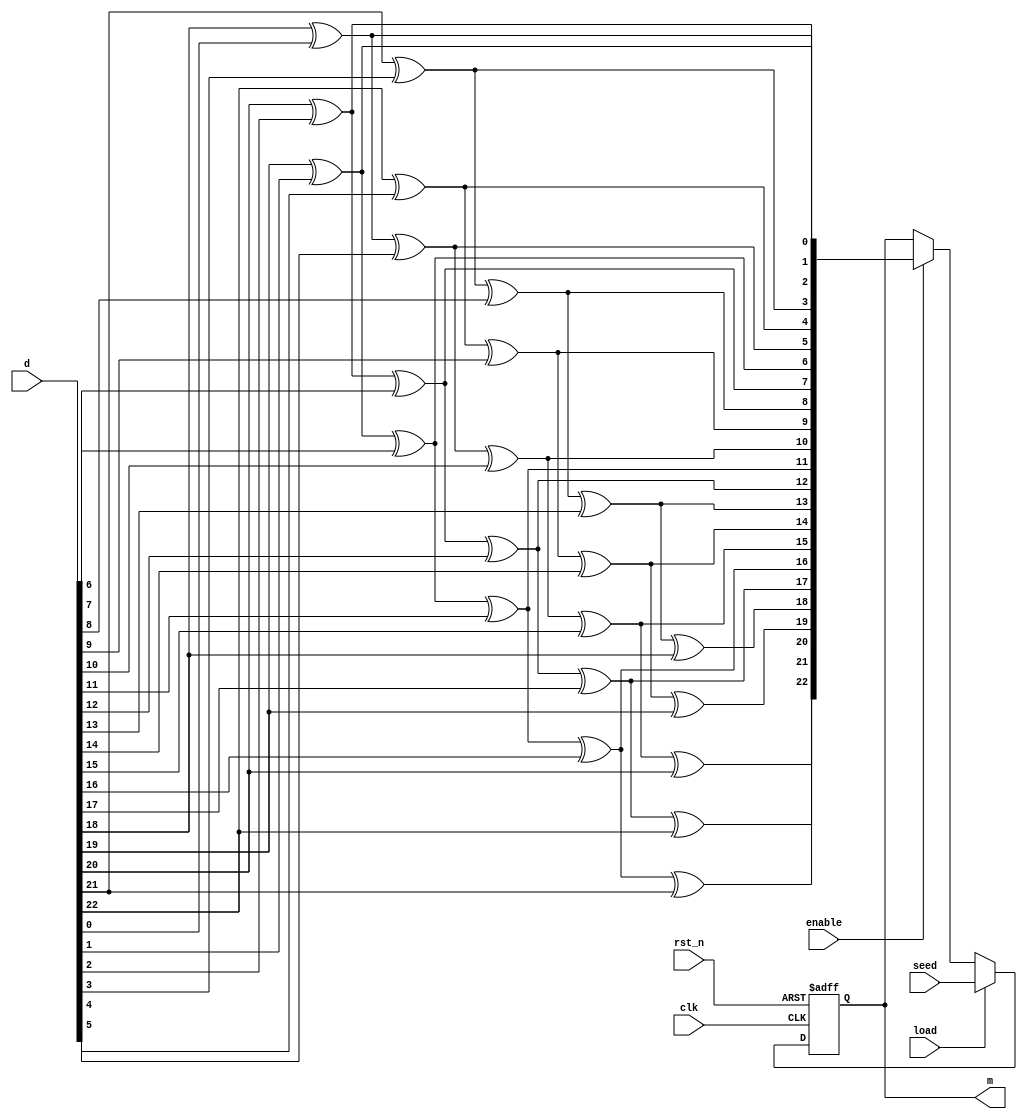
module prbs23 ( clk, rst_n, load, enable, seed, d, m);
	parameter k = 23;       
	parameter N = 23;
	input   clk;
	input   rst_n;
	input   load;
	input   enable;
	input   [N-1:0] seed;
	input   [N-1:0] d;
	output  [N-1:0] m;
	reg     [N-1:0] m;
	reg     [N-1:0] tmpa;
	reg     [N-1:0] tmpb;
	integer i,j;
	always @ (d)
	begin
   	    tmpa = d;
   	    for (i=0; i<k; i=i+1) 
 	       begin
                 for (j=0; j<(N-1); j=j+1) begin tmpb[j] = tmpa[j+1]; end
      		 tmpb[N-1] = tmpa[18] ^ tmpa[0];      
      		 tmpa = tmpb;
   	       end
	end
	always @(posedge clk or negedge rst_n)
        begin
	    begin
    		if (!rst_n) m <= 0;
    		else if (load) m <= seed;
    		else if (enable) m <= tmpb;
    	    end
	end
 endmodule